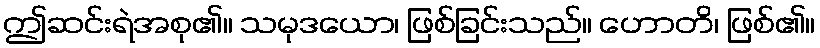
ဤဆင်းရဲအစု၏။ သမုဒယော၊ ဖြစ်ခြင်းသည်။ ဟောတိ၊ ဖြစ်၏။